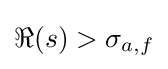
\Re (s)>\sigma _{a,f}